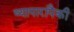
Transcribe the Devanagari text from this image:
व्यापारापैकी